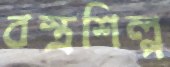
বস্ত্রশিল্প